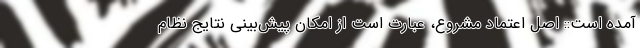
آمده است:: اصل اعتماد مشروع، عبارت است از امکان پیش‌بینی نتایج نظام